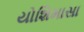
યોશિમાસા